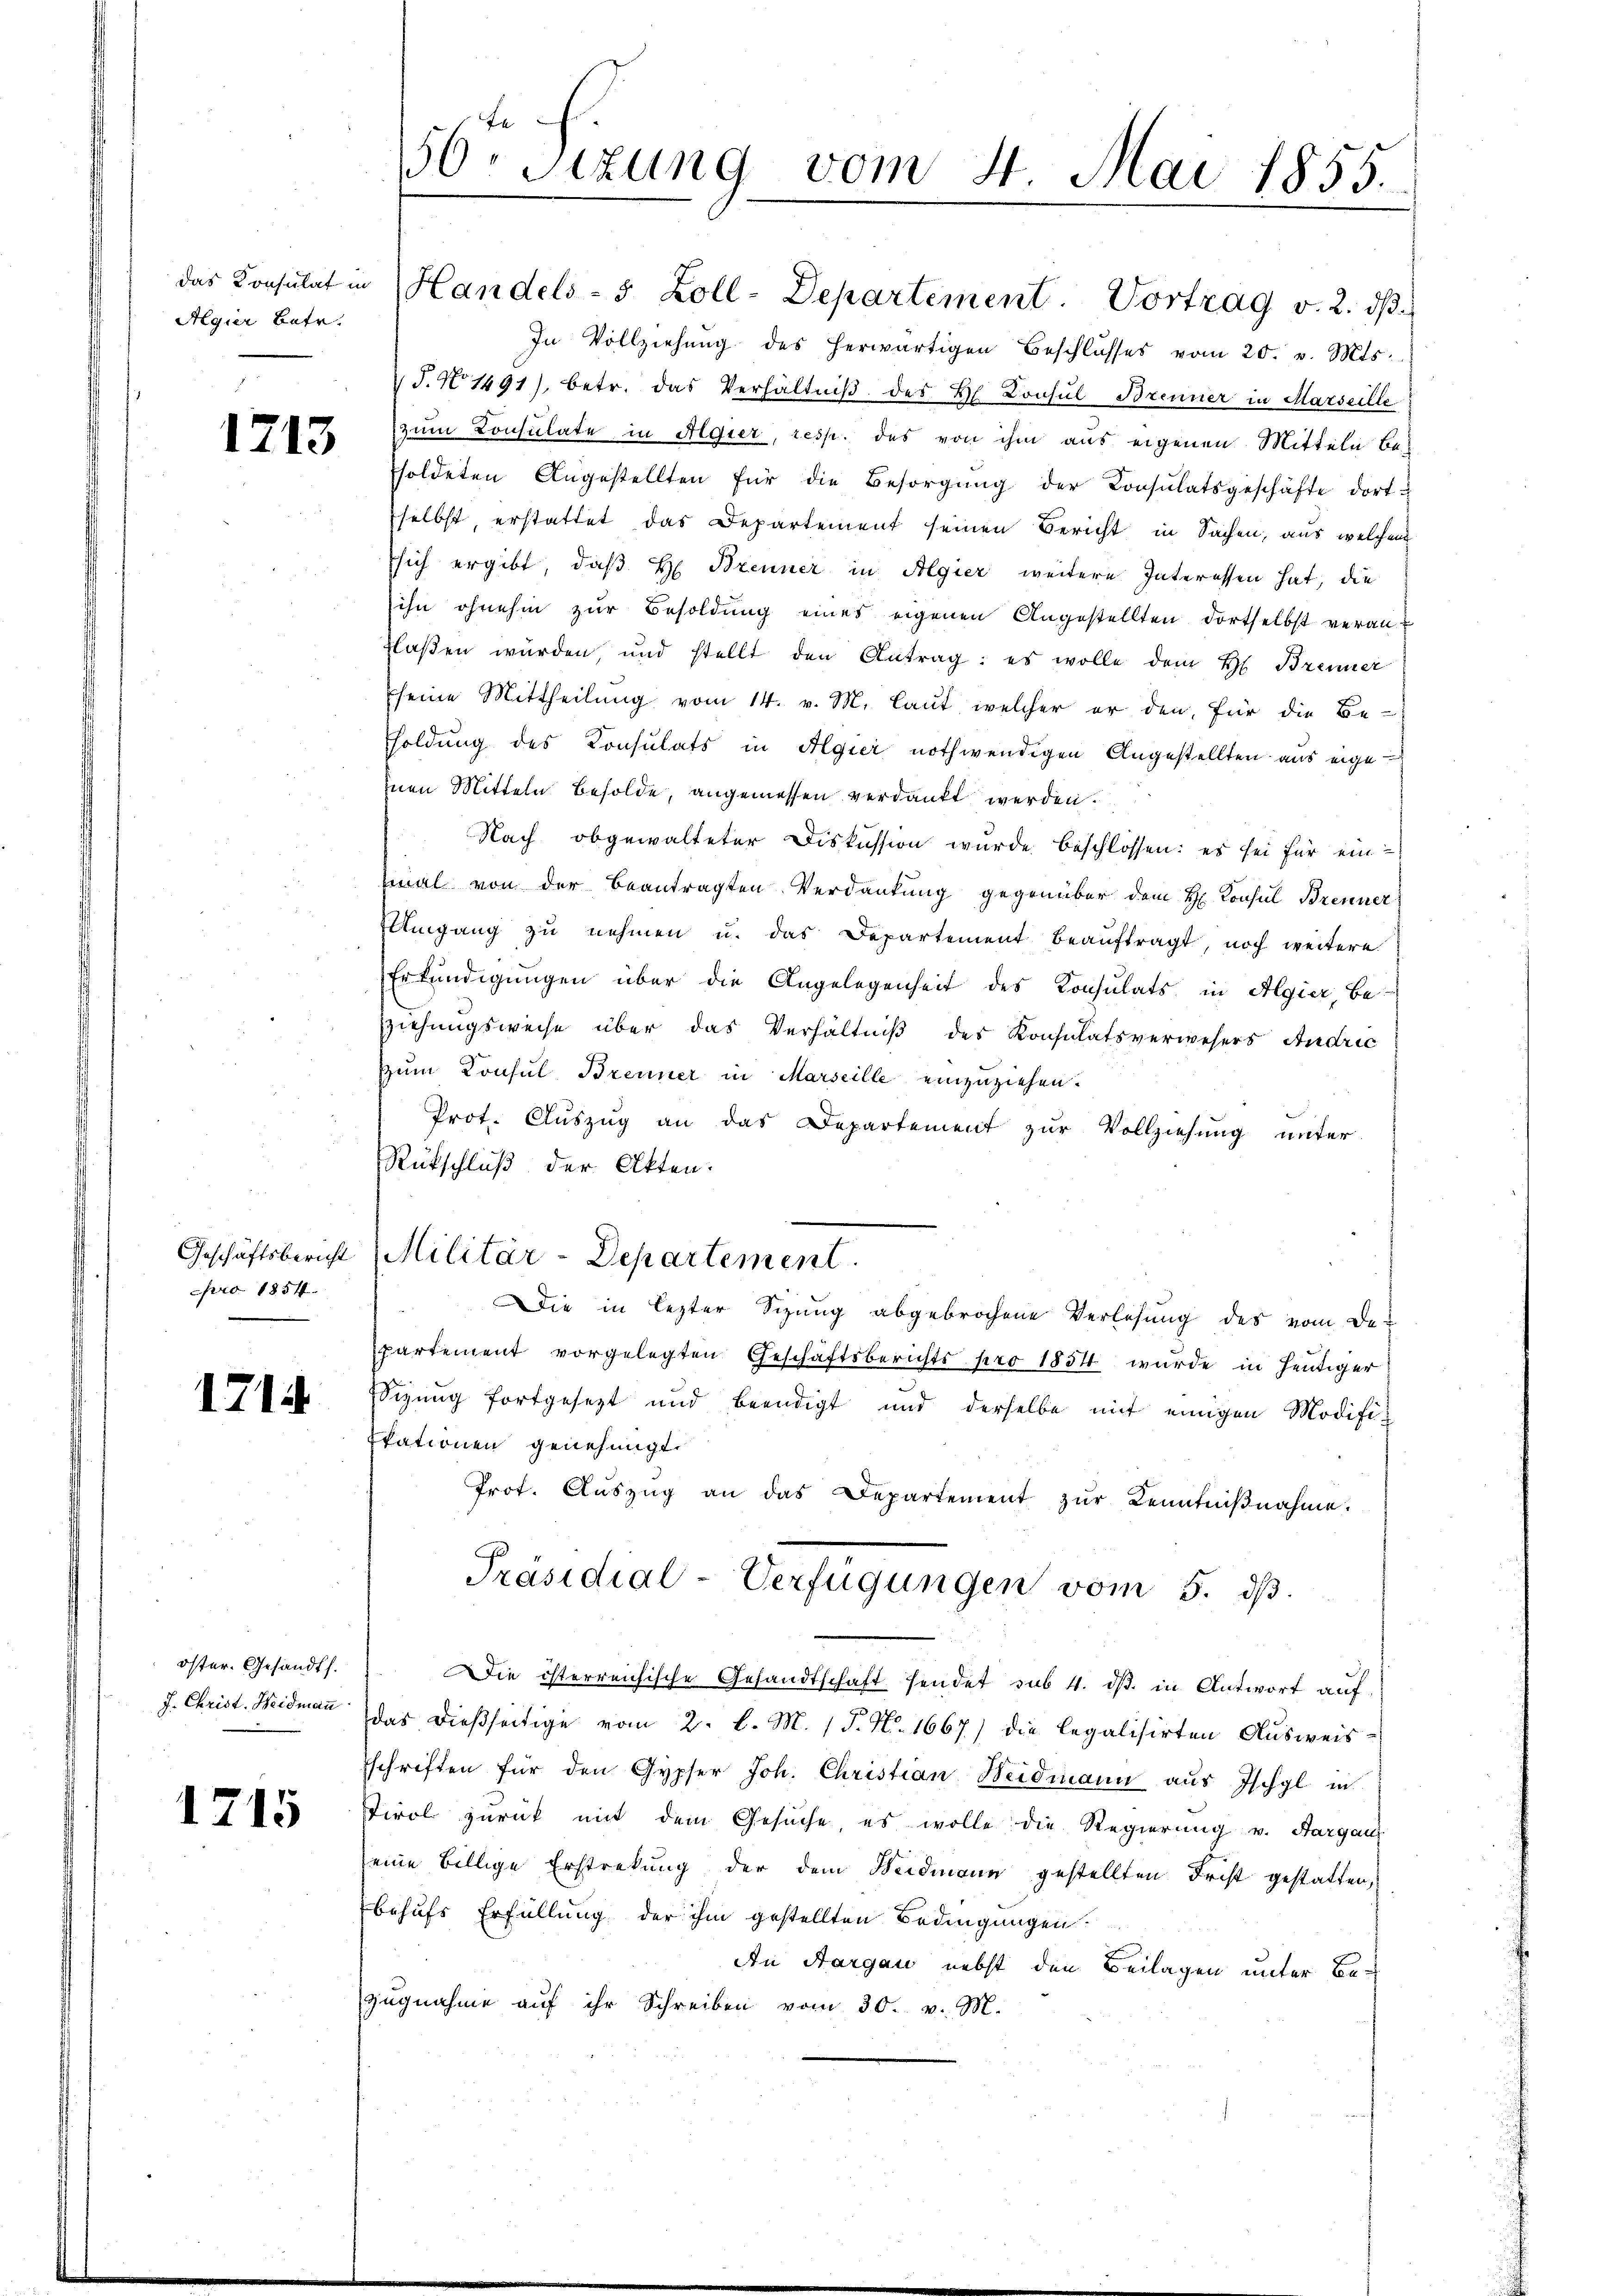
Algier Betr.

1213

pro 1854.

1714

öster. Gesandts.

1715

das Konsulat in Handels- 5 Zoll-Departement. Vortrag v. 2. dβ
In Vollziehŭng des herwärtigen Beschlusses vom 20. v. Mts.
S.N 1491), betr. das Verhältniβ des Hl. Consul Brenner in Marseille
zum Consulate in Algier, resp. des von ihm aus eigenen Mitteln be-
soldeten Angestellten für die Besorgŭng der Consulatsgeschäfte dort u
selbst, erstattet das Departement seinen Bericht in Sachen, aus welchem
sich ergibt, daß H. Brenner in Algier weitere Interessen hat, die
ihn ohnehin zur Besoldung eines eigenen Angestellten dortselbst verantlaßen würden, und stellt den Antrag: es wolle dem H. Brenner
seine Mittheilung vom 14. v. M. laut, welcher er den für die Be-
holdung des Consulats in Algier nothwendigen Angestellten aus eige
inen Mitteln Besolde, angemessen verdankt werden.
Nach obgewalteter Diskussion wurde beschlossen: es sei für ein
smal von der beantragten Verdankung gegenüber dem H. Konsul Brenner
Umgang zu nehmen u. das Departement beauftragt, noch weitere
Erkundigungen über die Angelegenheit des Konsulats in Algier, beziehungsweise über das Verhältniß des Konsulatsverwesers Andric
zum Konsul Brenner in Marseille einzuziehen.
Prot. Auszug an das Departement zur Vollziehung unter
Rückschluß der Akten.
Geschäftsbericht Militär-Departement.
Die in lezter Sizung abgebrochene Verlesung des vom De-
partement vorgelegten Geschäftsberichts pro 1854 wurde in heutiger
Sizung fortgesezt und beendigt und derselbe mit einigen Modifiz
Etationen genehmigt.
Prot. Aŭszŭg an das Departement zŭr Kenntniβnahme.
Präsidial-Verfügungen vom 5. ds.
Die österreichische Gesandtschaft sendet sub 4. ds. in Antwort auf
J. Christ. Weidmann das dießseitige vom 2. l. M. (T. No. 1667) die legalisirten Ausweissschriften für den Gypfer Joh. Christian Weidmann aus Ischgl in
Tirol zurück mit dem Gesuche, es wolle die Regierung v. Aargaus
eine billige Erstrekung der dem Weidmann gestellten Frist gestatten,
behufs Erfüllung der ihm gestellten Bedingungen.
An Aargau nebst den Beilagen unter Ber
zŭgnahme aŭf ihr Schreiben vom 30. v. M.

16ten Sizung vom 4. Mai 1855.